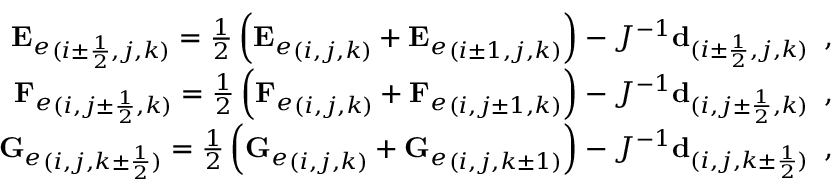
\begin{array} { r } { { \mathbf { E } _ { e } } _ { ( i \pm \frac { 1 } { 2 } , j , k ) } = \frac { 1 } { 2 } \left( { \mathbf { E } _ { e } } _ { ( i , j , k ) } + { \mathbf { E } _ { e } } _ { ( i \pm 1 , j , k ) } \right) - J ^ { - 1 } \mathbf { d } _ { ( i \pm \frac { 1 } { 2 } , j , k ) } \, \mathrm { ~ , ~ } } \\ { { \mathbf { F } _ { e } } _ { ( i , j \pm \frac { 1 } { 2 } , k ) } = \frac { 1 } { 2 } \left( { \mathbf { F } _ { e } } _ { ( i , j , k ) } + { \mathbf { F } _ { e } } _ { ( i , j \pm 1 , k ) } \right) - J ^ { - 1 } \mathbf { d } _ { ( i , j \pm \frac { 1 } { 2 } , k ) } \, \mathrm { ~ , ~ } } \\ { { \mathbf { G } _ { e } } _ { ( i , j , k \pm \frac { 1 } { 2 } ) } = \frac { 1 } { 2 } \left( { \mathbf { G } _ { e } } _ { ( i , j , k ) } + { \mathbf { G } _ { e } } _ { ( i , j , k \pm 1 ) } \right) - J ^ { - 1 } \mathbf { d } _ { ( i , j , k \pm \frac { 1 } { 2 } ) } \, \mathrm { ~ , ~ } } \end{array}